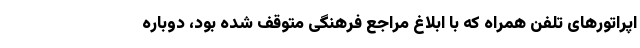
اپراتورهای تلفن همراه که با ابلاغ مراجع فرهنگی متوقف شده بود، دوباره